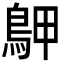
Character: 𪀌